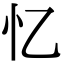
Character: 忆